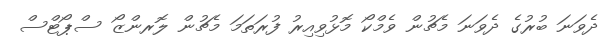
ދެވަނަ ބުރުގެ ދެވަނަ މެޗުން ވެމްކޯ މޮޅުވިއިރު ފުރަތަމަ މެޗުން ލޮރންޒޯ ސްޕޯޓްސް